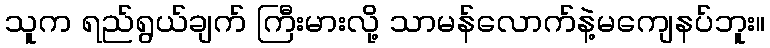
သူက ရည်ရွယ်ချက် ကြီးမားလို့ သာမန်လောက်နဲ့မကျေနပ်ဘူး။